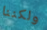
ولكننا